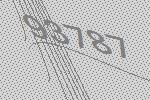
93787